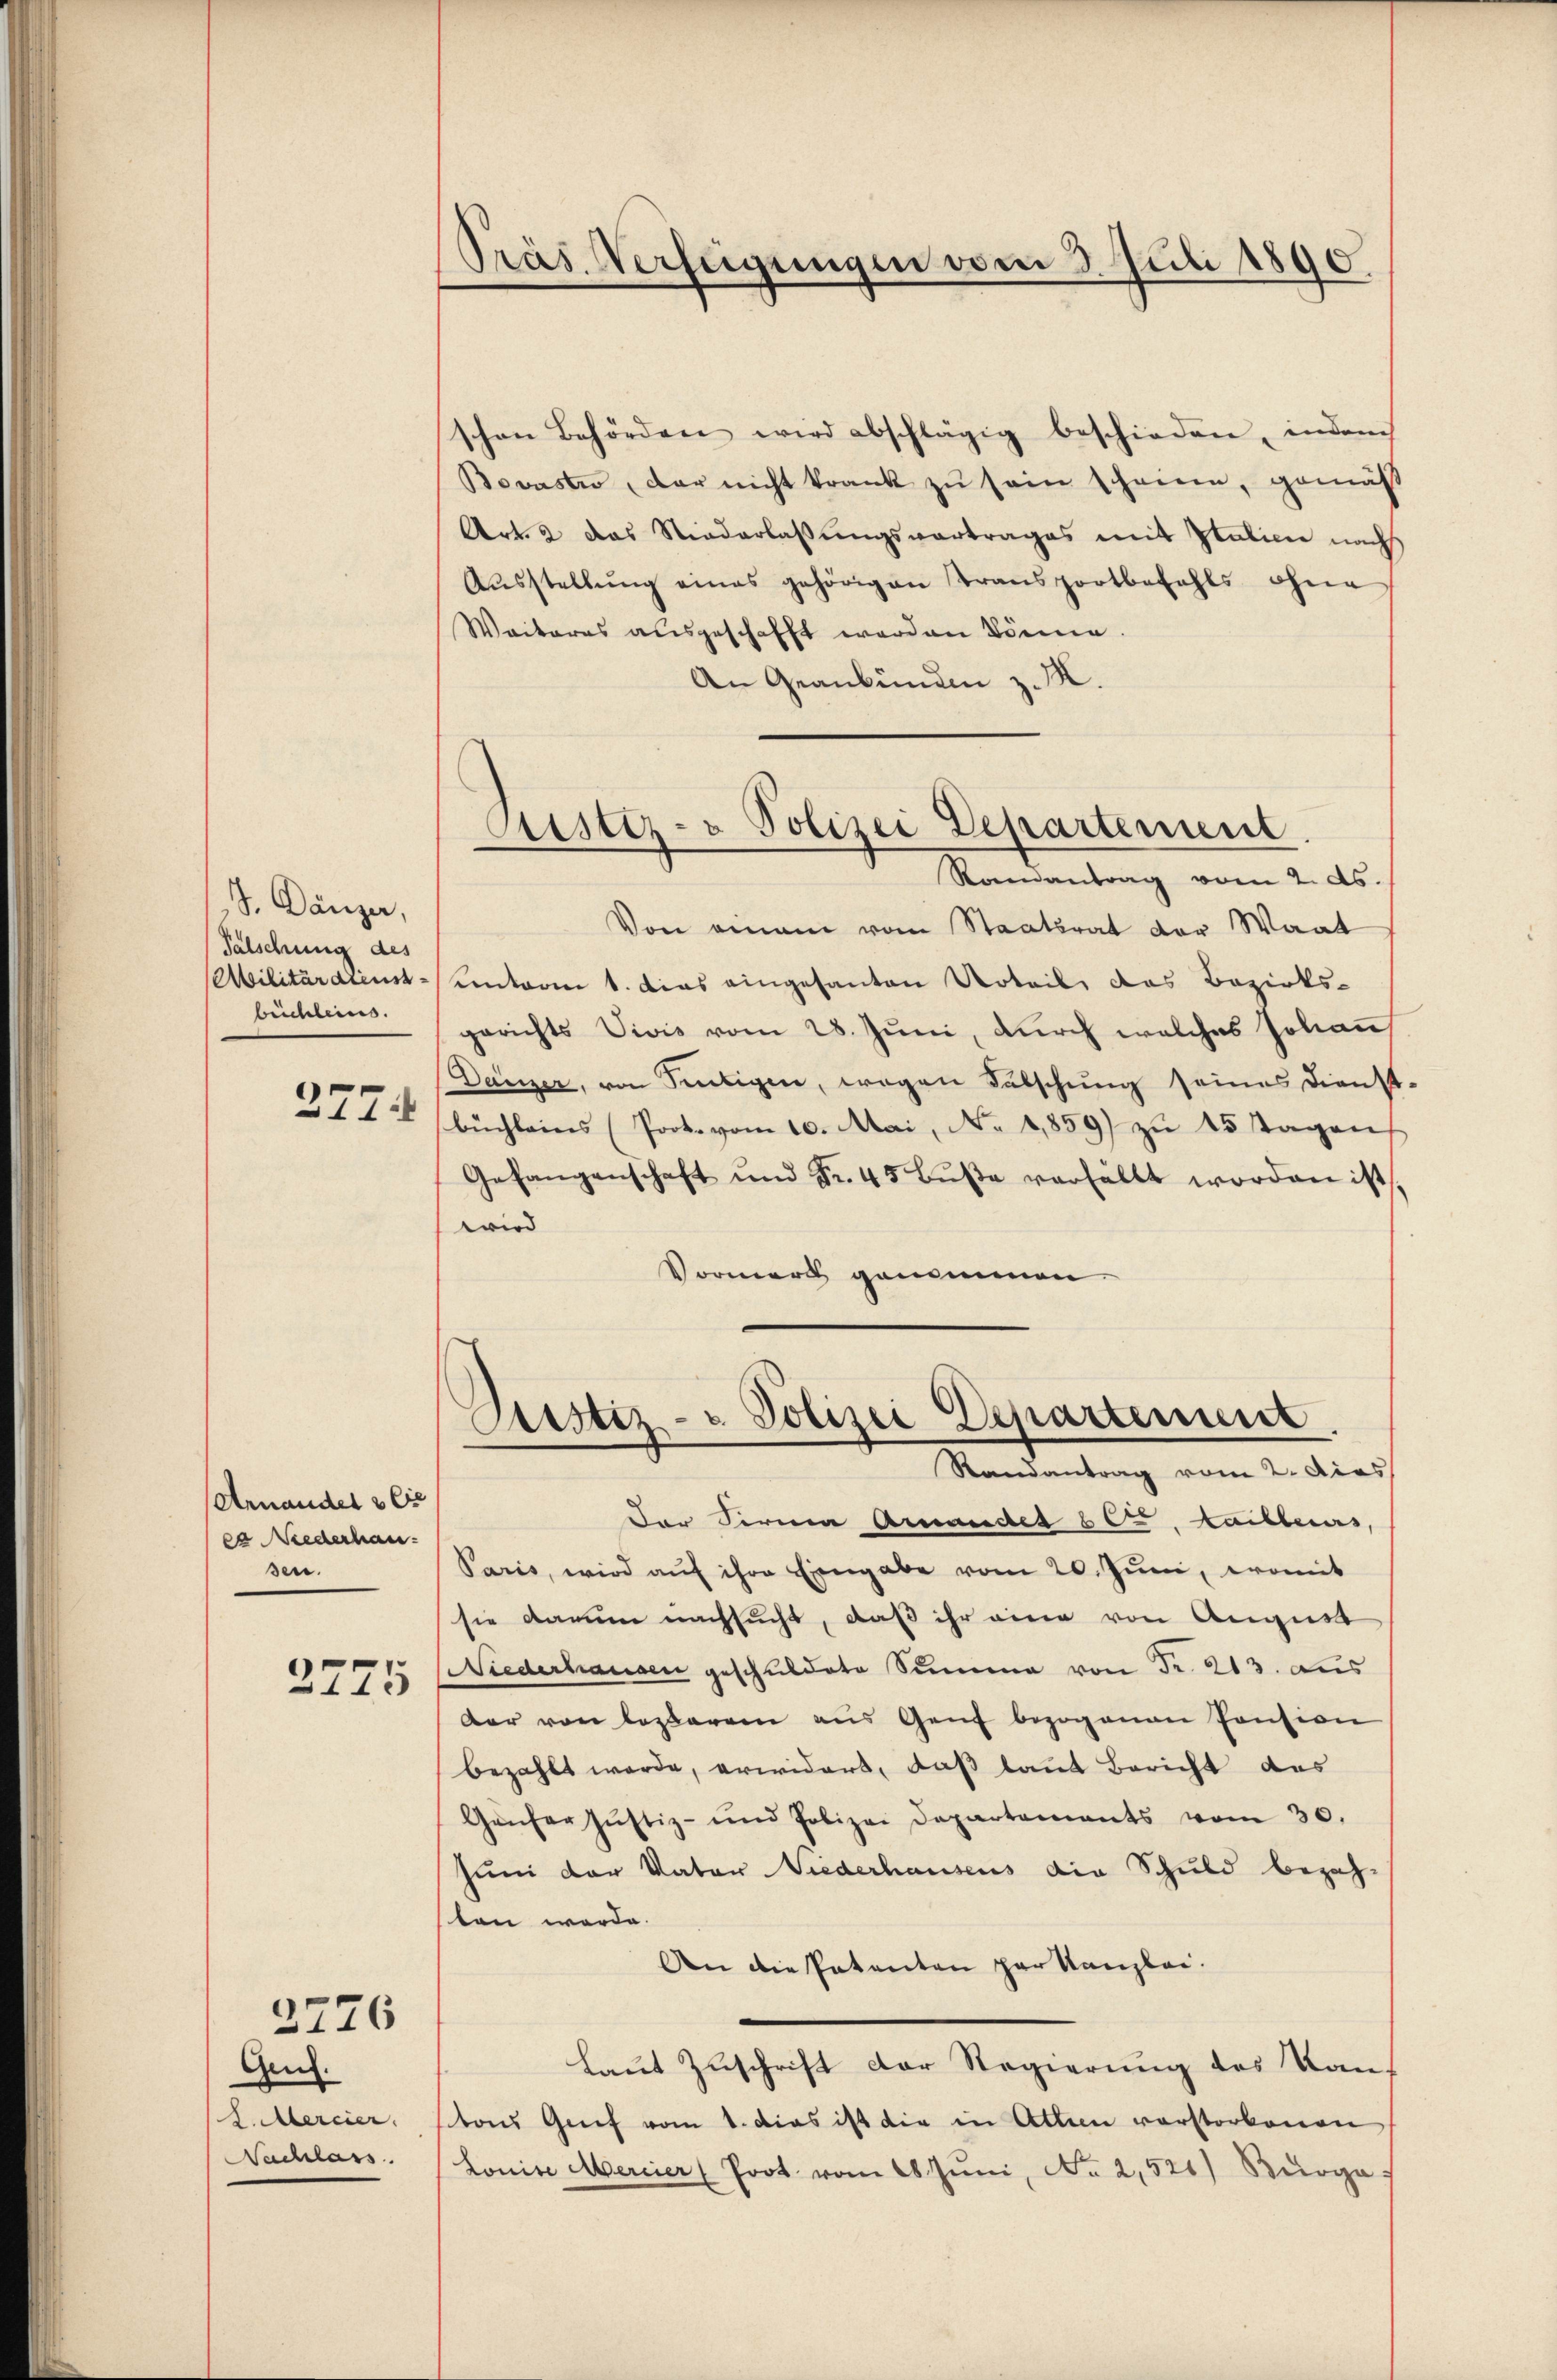
S. Dänzer,
Falschung des
Militärdienstbüchleins.

377

Arnander 3 Eise
ca Niederhau
sen.
2775

2776

Genf.
L. Mercier.
Nachlass

Präs. Verfügungen vom 3. Juli 1890.

schen Behörden wird abschlägig beschieden, indem
Bovastro, der nicht krank zu sein scheinen, gemäß
Art. 2 das Niederlassungsvortrages mit Italicie nach
Aŭsstellŭng eines gehörigen Transportbefahls ohne
Weiteres ausgeschafft werden könne.
An Graubünden z. K.
Von einem vom Staatsrat der Waat
einterm 1. dies eingesanten Urteil das Bezirks-
gerichts Vivis vom 28. Juni, durch welches Johann
Dänzer, von Sentigen, wegen Fälschung seines Dienst
büchleins (Prot. vom 10. Mai, No. 1859) zu 15 Tagen
Gefangenschaft und Fr. 45 Bŭβe verfällt worden ist,
wird
Vormerk genommen
Pustiz- u. Polizei Departenunt
Randantrag vom 2. Dies
Der Serien Arandes C. Kaibles,
Paris, wird auf ihre Eingabe vom 20. Juni, womit
sie darum nachsucht, daß ihr eine von August
Niederhausen geschuldete Summe von Fr. 213. Aus
dar von lozbarem aus Genf bezogenen Pension
bezahlt werde, erwidert, daß laut Bericht des
Gäŭfer Justiz- und Polizei Departements vom 30.
Juni der Vater Niederhausens die Schuld bezah-
ten werde.
An die Patenten par Kanzlei.
Laut Zuschrift der Regierung des Kantons Grief vom 1. Das ist die in Atten vorstorbenen
Louise Mercier (Prot. vom 28. Juni, No 2,521) Bürge

Custiz- u Polizei Departement
Ramantrag vom 2. ds.